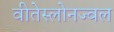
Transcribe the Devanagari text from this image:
वीतेस्लोनज्वल